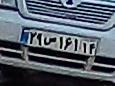
۲۹ص۱۶۱۱۴